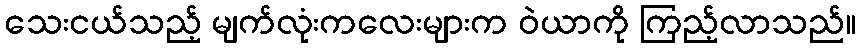
သေးငယ်သည့် မျက်လုံးကလေးများက ဝဲယာကို ကြည့်လာသည်။